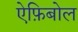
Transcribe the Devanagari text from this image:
ऐफ़िबोल